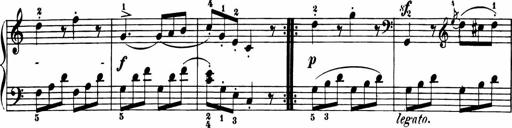
Title: 11 Sonatinas for Piano Solo
Composer: Anton Diabelli